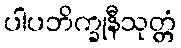
ပါပဘိက္ခုနီသုတ္တံ